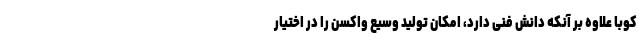
کوبا علاوه بر آنکه دانش فنی دارد، امکان تولید وسیع واکسن را در اختیار